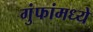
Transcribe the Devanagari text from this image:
गुंफांमध्ये